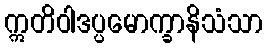
ဣတိဝါဒပ္ပမောက္ခာနိသံသာ